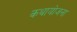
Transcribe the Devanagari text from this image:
कथायोजना